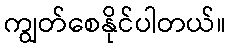
ကျွတ်စေနိုင်ပါတယ်။